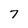
Character: 7